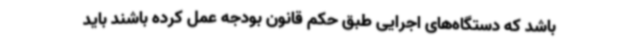
باشد که دستگاه‌های اجرایی طبق حکم قانون بودجه عمل کرده باشند باید